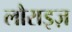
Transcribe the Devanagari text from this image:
लौराइज़